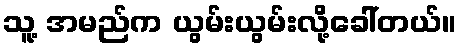
သူ့ အမည်က ယွမ်းယွမ်းလို့ခေါ်တယ်။